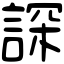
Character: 𧨾